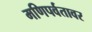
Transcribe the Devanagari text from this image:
मणिपर्वतावर